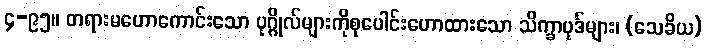
၄-၉၅။ တရားမဟောကောင်းသော ပုဂ္ဂိုလ်များကိုစုပေါင်းဟောထားသော သိက္ခာပုဒ်များ၊ (သေခိယ)